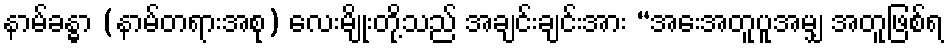
နာမ်ခန္ဓာ (နာမ်တရားအစု) လေးမျိုးတို့သည် အချင်းချင်းအား “အေးအတူပူအမျှ အတူဖြစ်ရ